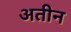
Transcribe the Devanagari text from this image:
अतीन